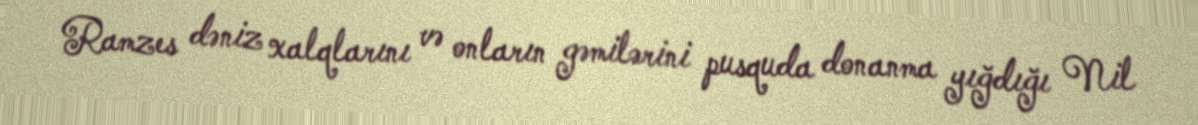
Ramzes dəniz xalqlarını və onların gəmilərini pusquda donanma yığdığı Nil